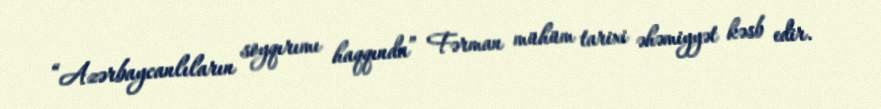
“Azərbaycanlıların soyqırımı haqqında” Fərman mühüm tarixi əhəmiyyət kəsb edir.